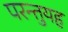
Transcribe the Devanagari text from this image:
परन्तुयह